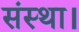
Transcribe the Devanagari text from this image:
संस्था।